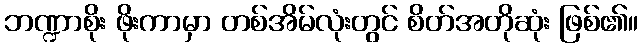
ဘဏ္ဍာစိုး ဖိုးကာမှာ တစ်အိမ်လုံးတွင် စိတ်အတိုဆုံး ဖြစ်၏။